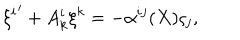
{ \xi ^ { i } } ^ { \prime } + A _ { k } ^ { i } \xi ^ { k } = - \alpha ^ { i j } ( X ) \varsigma _ { j } ,